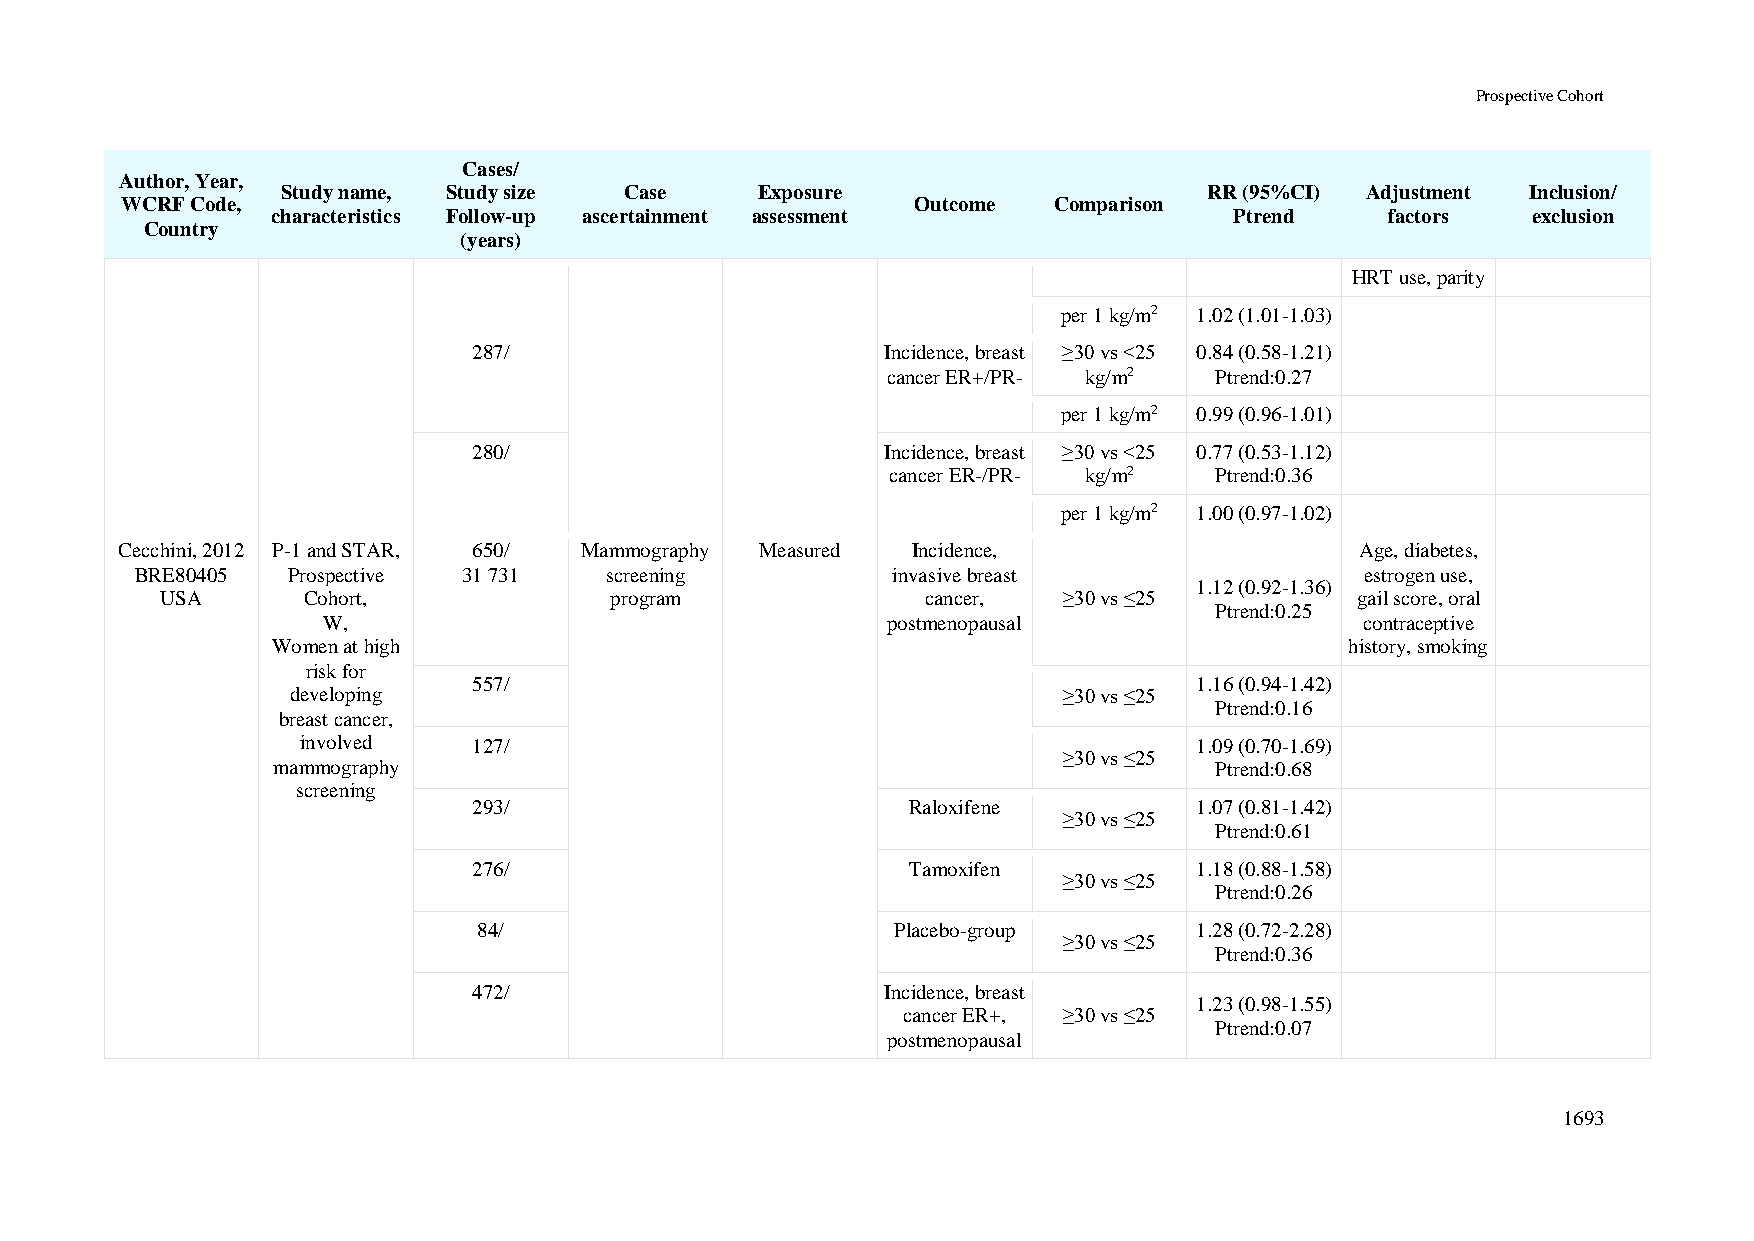
Prospective Cohort
 Cases/
 Author, Year,
 Study name, Study size Case    Exposure                      RR (95%CI) Adjustment Inclusion/
 WCRF Code,                                           Outcome  Comparison
 characteristics Follow-up ascertainment assessment              Ptrend    factors  exclusion
 Country
 (years)
 HRT use, parity
 per 1 kg/m2 1.02 (1.01-1.03)
 287/                        Incidence, breast ≥30 vs <25 0.84 (0.58-1.21)
 cancer ER+/PR- kg/m2 Ptrend:0.27
 per 1 kg/m2 0.99 (0.96-1.01)
 280/                        Incidence, breast ≥30 vs <25 0.77 (0.53-1.12)
 cancer ER-/PR- kg/m2 Ptrend:0.36
 per 1 kg/m2 1.00 (0.97-1.02)
 Cecchini, 2012 P-1 and STAR, 650/ Mammography Measured Incidence,                 Age, diabetes,
 BRE80405  Prospective 31 731   screening          invasive breast                estrogen use,
 1.12 (0.92-1.36)
 USA      Cohort,             program              cancer,  ≥30 vs ≤25          gail score, oral
 Ptrend:0.25
 W,                                    postmenopausal                 contraceptive
 Women at high                                                          history, smoking
 risk for
 557/                                            1.16 (0.94-1.42)
 developing                                         ≥30 vs ≤25
 Ptrend:0.16
 breast cancer,
 involved   127/                                            1.09 (0.70-1.69)
 ≥30 vs ≤25
 mammography                                                   Ptrend:0.68
 screening
 293/                         Raloxifene         1.07 (0.81-1.42)
 ≥30 vs ≤25
 Ptrend:0.61
 276/                         Tamoxifen          1.18 (0.88-1.58)
 ≥30 vs ≤25
 Ptrend:0.26
 84/                        Placebo-group       1.28 (0.72-2.28)
 ≥30 vs ≤25
 Ptrend:0.36
 472/                        Incidence, breast
 1.23 (0.98-1.55)
 cancer ER+, ≥30 vs ≤25
 Ptrend:0.07
 postmenopausal
 1693